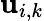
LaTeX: {\mathbf{u}}_{i,k}